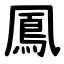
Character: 鳳